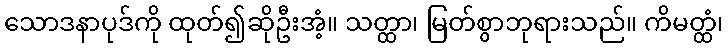
သောဒနာပုဒ်ကို ထုတ်၍ဆိုဦးအံ့။ သတ္ထာ၊ မြတ်စွာဘုရားသည်။ ကိမတ္ထံ၊